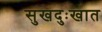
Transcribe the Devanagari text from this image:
सुखदुःखात